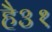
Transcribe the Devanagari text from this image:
है३१